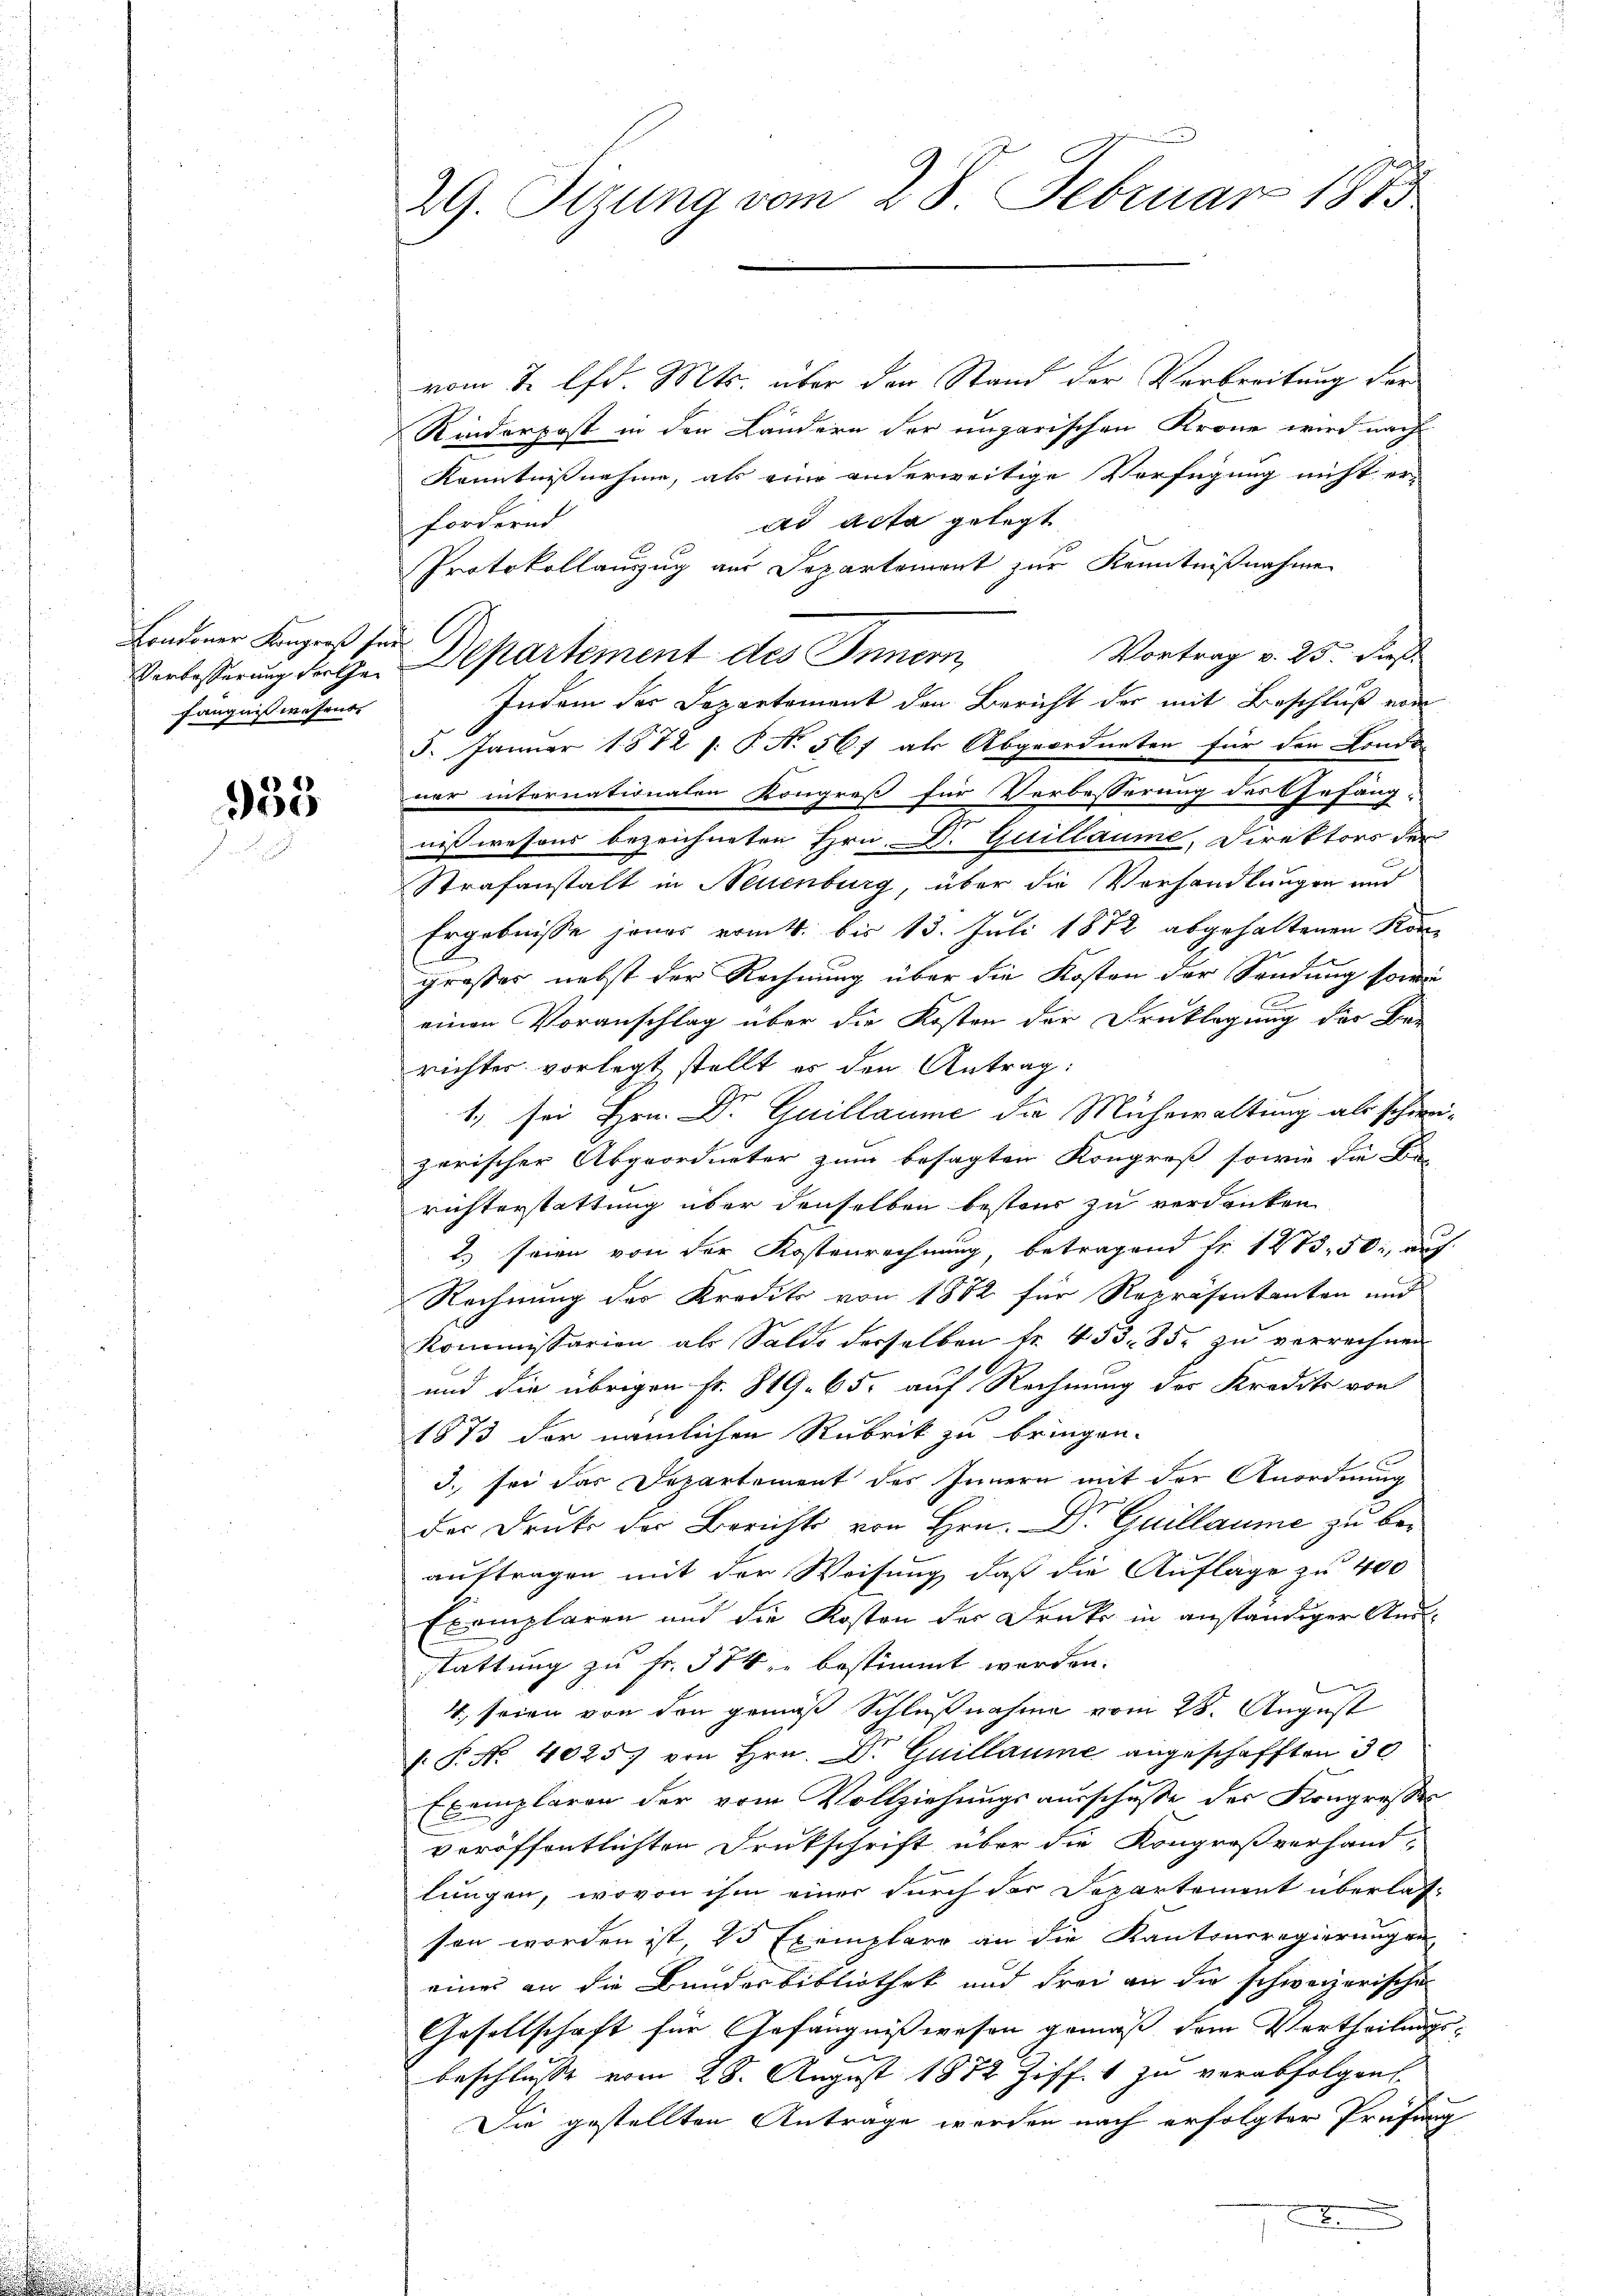
Londoner Kongreß sei
fängniswesent.

983

vom 2. lfd. Mts. über den Stand der Verbreitung vor
Rinderpost in den Ländern der ungarischen Krone wird nach
Kenntnißnahme, als eine anderweitige Verfügung nicht er-
ad acta gelegt
fordernd
Protokollauszug aus Departement zur Kenntnißnahme
Vortrag v. 25. dies
Verlasserung der Gr. Departement des Innern,
Indem der Departement den Bericht der mit Beschluß vom
5. Januar 1872 s: P. N. 567 als Abgeordneten für den Londo
ner internationalen Kongreß für Verbesserung des Gefäng-
nißwesens bezeichneten Hrn. Dr. Guillaume, Direktors der
Strafanstalt in Neuenburg, über die Vorhandlungen and
Ergebnisse jenes vom 4. bis 13. Juli 1872 abgehaltenen Kon-
großer nebst der Rechnung über die Kosten der Sendung sowie
C
einen Voranschlag über die Kosten der Drucklegung des Be-
richter vorlegt stellt es den Antrag:
1. sei Hrn. Dr Guillaume die Mühewaltung als schwei-
zerischer Abgeordneter zum besagten Kongroß sowie die Be-
richterstattung über denselben besters zu verdanken
2.) seien von der Kostenrechnung, betragend fr. 1473. 50, auf
Rechnung des Kredit von 1882 für Repräsentanten und
Kommissarien als Saldo derselben fr. 453. 35. zu verrechnen
und die übrigen Fr. 819. 65. auf Rechnung des Kredito von
1873 der nämlichen Rubrik zu bringen.
3. sei das Departement des Innern mit der Anordnung
der Druck der Berichts von Hrn. Dr Guillaume zu beauftragen mit der Weisung daß die Auflage zu 400
Exemplaren und die Kosten der Druk in anständiger And
stattung zu Fr. 574 bestimmt werden.
4. seien von den gemäß Schlußnahme vom 28. August
. P. Nr. 4025) von Hrn. Dr. Quillaume angeschafften 30
Exemplaren der vom Vollziehungsausschuße des Kongresser
veröffentlichten Drukschrift über die Kongreßverhand-
lungen, wovon ihm einer durch der Departement überlassen worden ist, 25 Exemplare an die Kantonsregierungen
eines an die Bundesbibliothek und drei an die schweizerische
Gesellschaft für Gefängnißwesen gemäß dem Vertheilungsbeschlusse vom 28. August 1872 Ziff. 1 zu verabfolgen
Die gestellten Antrage werden nach erfolgter Prüfung
2

29. Sizung vom 28. Februar 1873